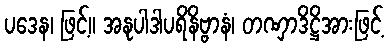
ပဒေန၊ ဖြင့်။ အနုပါဒါပရိနိဗ္ဗာနံ၊ တဏှာဒိဋ္ဌိအားဖြင့်